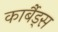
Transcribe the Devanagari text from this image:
कार्बैड्स